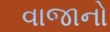
વાજાનો